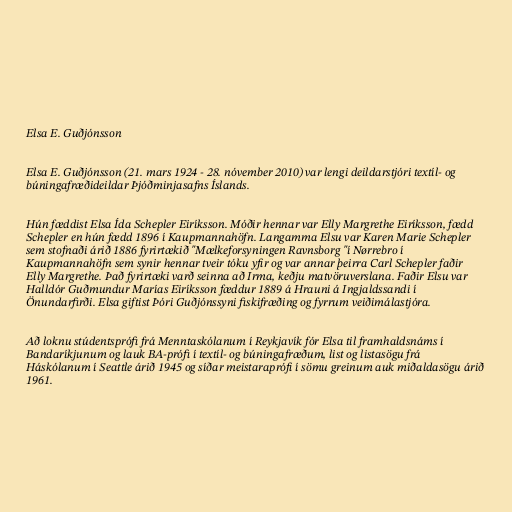
Elsa E. Guðjónsson

Elsa E. Guðjónsson (21. mars 1924 - 28. nóvember 2010) var lengi deildarstjóri textíl- og
búningafræðideildar Þjóðminjasafns Íslands.

Hún fæddist Elsa Ída Schepler Eiríksson. Móðir hennar var Elly Margrethe Eiríksson, fædd
Schepler en hún fædd 1896 í Kaupmannahöfn. Langamma Elsu var Karen Marie Schepler
sem stofnaði árið 1886 fyrirtækið "Mælkeforsyningen Ravnsborg "í Nørrebro í
Kaupmannahöfn sem synir hennar tveir tóku yfir og var annar þeirra Carl Schepler faðir
Elly Margrethe. Það fyrirtæki varð seinna að Irma, keðju matvöruverslana. Faðir Elsu var
Halldór Guðmundur Marías Eiríksson fæddur 1889 á Hrauni á Ingjaldssandi í
Önundarfirði. Elsa giftist Þóri Guðjónssyni fiskifræðing og fyrrum veiðimálastjóra.

Að loknu stúdentsprófi frá Menntaskólanum í Reykjavík fór Elsa til framhaldsnáms í
Bandaríkjunum og lauk BA-prófi í textíl- og búningafræðum, list og listasögu frá
Háskólanum í Seattle árið 1945 og síðar meistaraprófi í sömu greinum auk miðaldasögu árið
1961.